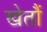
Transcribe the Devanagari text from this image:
खेतौं